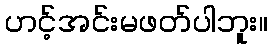
ဟင့်အင်းမဖတ်ပါဘူး။